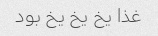
غذا یخ یخ یخ بود